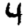
Digit: 4